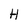
Character: H